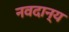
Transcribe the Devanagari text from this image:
नवदान्य